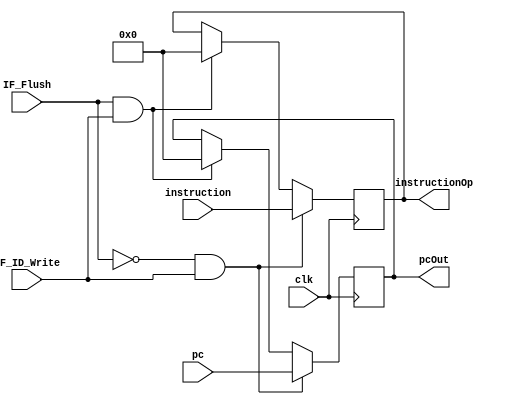
`timescale 1ns / 1ps
//////////////////////////////////////////////////////////////////////////////////
// Company: 
// Engineer: 
// 
// Design Name: 
// Module Name: IF_ID
// Project Name: 
// Target Devices: 
// Tool Versions: 
// Description: 
// 
// Dependencies: 
// 
// Revision:
// Revision 0.01 - File Created
// Additional Comments:
// 
//////////////////////////////////////////////////////////////////////////////////

`define nop 32'h000000
module IF_ID(
input IF_ID_Write,
input clk,
input [31:0] instruction,
input [31:0] pc,
input IF_Flush,
output reg [31:0] instructionOp,
output reg [31:0] pcOut
);
always @(posedge clk)
begin
    if(IF_Flush == 0 & IF_ID_Write)
        instructionOp <= instruction;
    else if(IF_Flush == 1 & IF_ID_Write)
        instructionOp <= `nop;
end
always @(posedge clk)
begin
    if(IF_Flush == 0 & IF_ID_Write)
        pcOut <= pc;
    else if(IF_Flush == 1 & IF_ID_Write)
        pcOut <= `nop;
end
endmodule